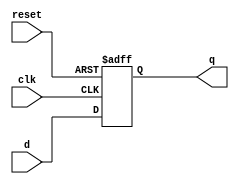
module d_ff(input d, input clk, input reset, output q);

reg q;

always@(posedge clk or posedge reset)
	begin
	if(reset == 1)
		q <= 0;
	else
		q <= d;
	end
endmodule